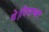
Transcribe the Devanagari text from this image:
थे।दिसम्बर